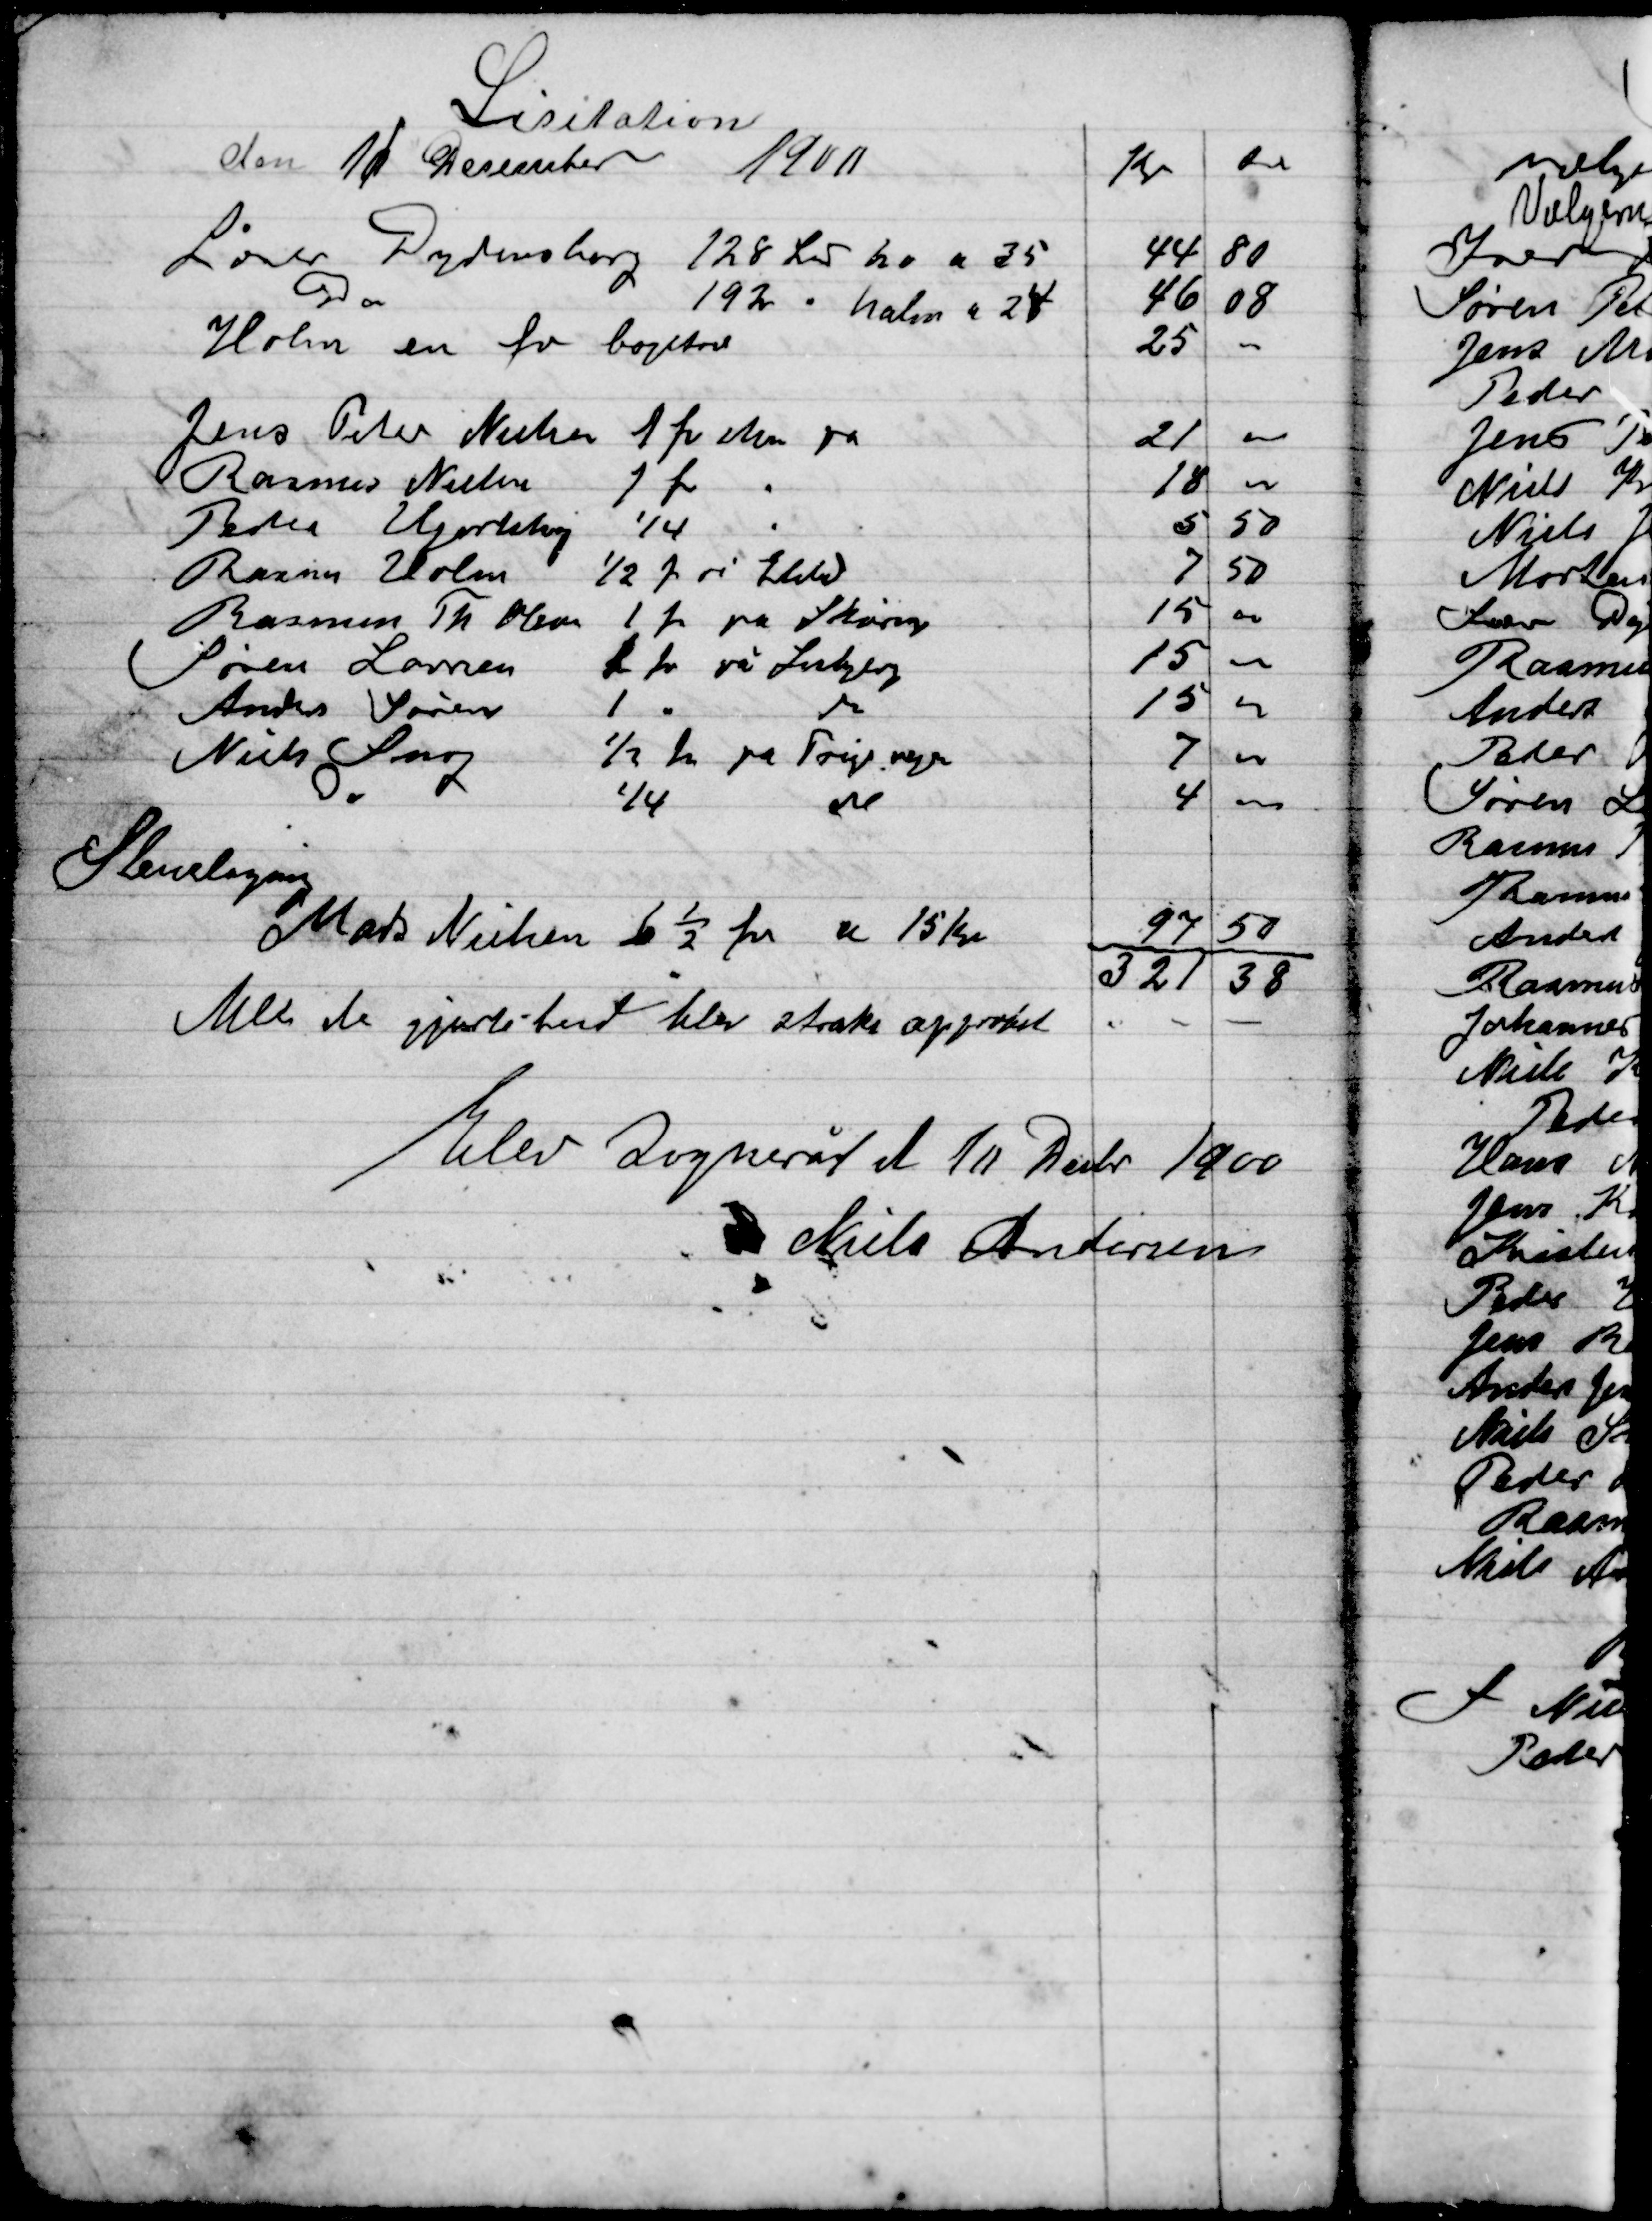
Transskription:
Elev Sogneråd d 1/11 Decbr. 1900
Niels Andersen